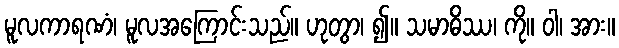
မူလကာရဏံ၊ မူလအကြောင်းသည်။ ဟုတွာ၊ ၍။ သမာဓိဿ၊ ကို။ ဝါ၊ အား။